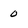
Character: 0